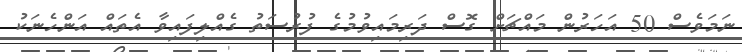
ނަމަވެސް 50 އަހަރުން މައްޗަށް ގޮސް ދަރިމައިވުމުގެ ފުރުސަތު ގެއްލިފައިވާ އެތައް އަންހެނަކު